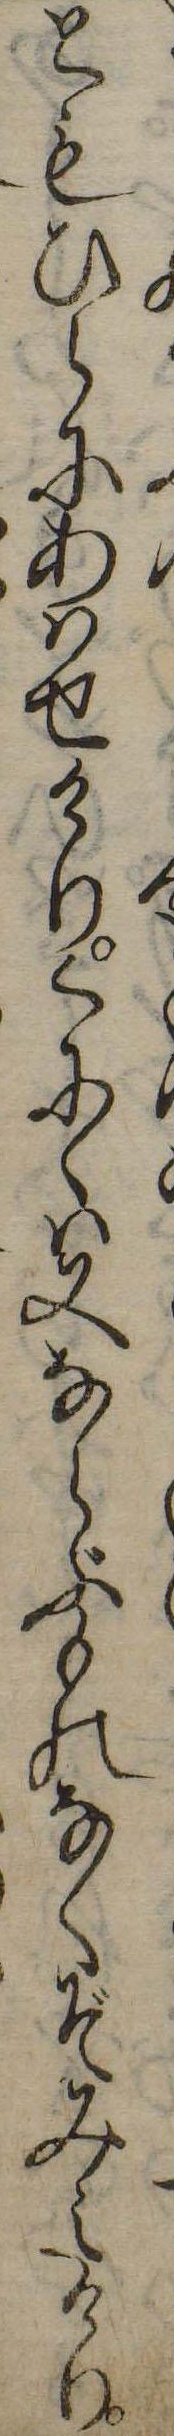
ともひらにあはせけりくにゝは又ならぶものなくぞみえけり